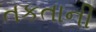
તકતાની